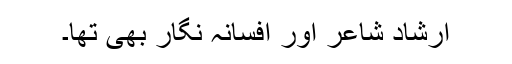
ارشاد شاعر اور افسانہ نگار بھی تھا۔